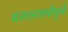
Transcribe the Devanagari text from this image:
सत्तालालसेमुळे